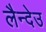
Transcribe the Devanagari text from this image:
लैन्देउ